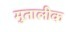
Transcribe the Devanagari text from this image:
मुतालीक